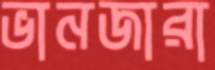
ভানজারা